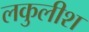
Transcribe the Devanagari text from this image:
लकुलीश